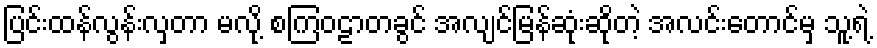
ပြင်းထန်လွန်းလှတာ မလို့ စကြဝဠာတခွင် အလျင်မြန်ဆုံးဆိုတဲ့ အလင်းတောင်မှ သူ့ရဲ့